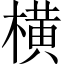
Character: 横